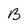
Character: B